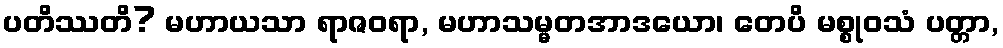
ပတိဿတိ? မဟာယသာ ရာဇဝရာ, မဟာသမ္မတအာဒယော၊ တေပိ မစ္စုဝသံ ပတ္တာ,